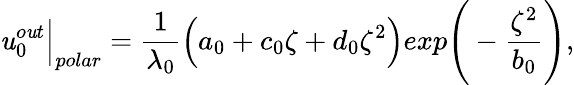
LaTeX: \mathit{u}_{0}^{o\mathit{u}t}\Big|_{polar}=\frac{{1}}{{\lambda_{0}}}\Big(a_{0}+c_{0}\zeta+d_{0}\zeta^{2}\Big)exp\Bigg(-\frac{{\zeta^{2}}}{{b_{0}}}\Bigg),